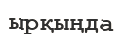
ырқыңда